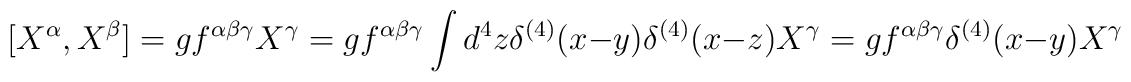
[X^{\alpha },X^{\beta }]=gf^{\alpha \beta \gamma }X^{\gamma }=gf^{\alpha \beta \gamma }\int d^{4}z\delta ^{(4)}(x-y)\delta ^{(4)}(x-z)X^{\gamma }=gf^{\alpha \beta \gamma }\delta ^{(4)}(x-y)X^{\gamma }